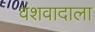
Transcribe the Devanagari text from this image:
वंशवादाला